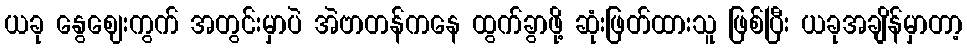
ယခု နွေဈေးကွက် အတွင်းမှာပဲ အဲဗာတန်ကနေ ထွက်ခွာဖို့ ဆုံးဖြတ်ထားသူ ဖြစ်ပြီး ယခုအချိန်မှာတာ့